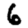
Digit: 6